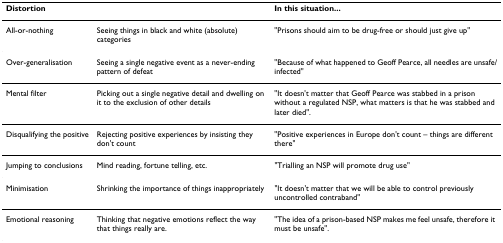
| Distortion |  | In this situation... |
 | --- | --- | --- |
 | All-or-nothing | Seeing things in black and white (absolute) categories | "Prisons should aim to be drug-free or should just give up" |
 | Over-generalisation | Seeing a single negative event as a never-ending pattern of defeat | "Because of what happened to Geoff Pearce, all needles are unsafe/infected" |
 | Mental filter | Picking out a single negative detail and dwelling on it to the exclusion of other details | "It doesn't matter that Geoff Pearce was stabbed in a prison without a regulated NSP, what matters is that he was stabbed and later died". |
 | Disqualifying the positive | Rejecting positive experiences by insisting they don't count | "Positive experiences in Europe don't count – things are different there" |
 | Jumping to conclusions | Mind reading, fortune telling, etc. | "Trialling an NSP will promote drug use" |
 | Minimisation | Shrinking the importance of things inappropriately | "It doesn't matter that we will be able to control previously uncontrolled contraband" |
 | Emotional reasoning | Thinking that negative emotions reflect the way that things really are. | "The idea of a prison-based NSP makes me feel unsafe, therefore it must be unsafe". |